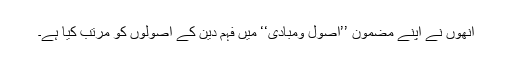
انھوں نے اپنے مضمون ’’اصول ومبادی‘‘ میں فہم دین کے اصولوں کو مرتب کیا ہے۔